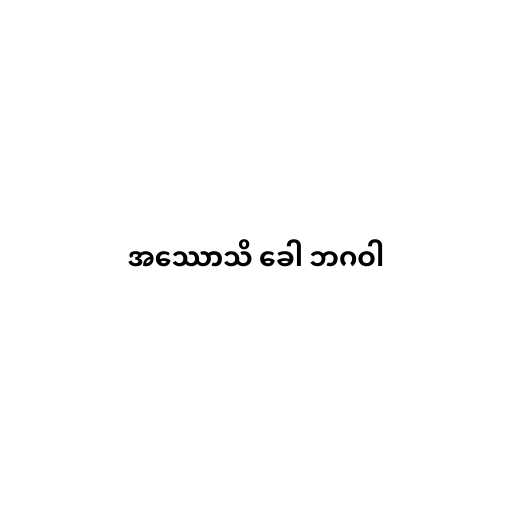
အဿောသိ ခေါ ဘဂဝါ